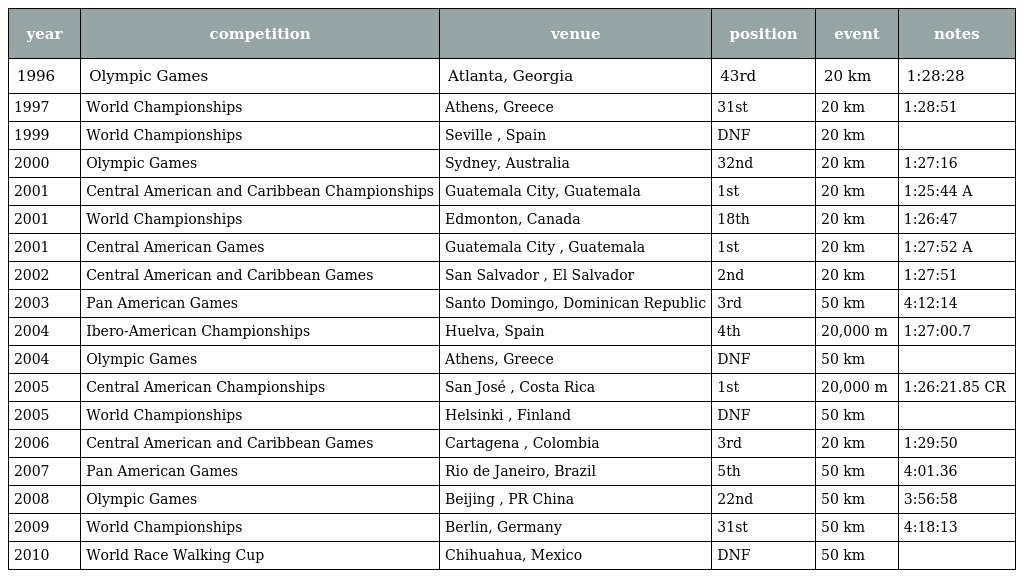
| year | competition | venue | position | event | notes |
 | --- | --- | --- | --- | --- | --- |
 | 1996 | Olympic Games | Atlanta, Georgia | 43rd | 20 km | 1:28:28 |
 | 1997 | World Championships | Athens, Greece | 31st | 20 km | 1:28:51 |
 | 1999 | World Championships | Seville , Spain | DNF | 20 km |  |
 | 2000 | Olympic Games | Sydney, Australia | 32nd | 20 km | 1:27:16 |
 | 2001 | Central American and Caribbean Championships | Guatemala City, Guatemala | 1st | 20 km | 1:25:44 A |
 | 2001 | World Championships | Edmonton, Canada | 18th | 20 km | 1:26:47 |
 | 2001 | Central American Games | Guatemala City , Guatemala | 1st | 20 km | 1:27:52 A |
 | 2002 | Central American and Caribbean Games | San Salvador , El Salvador | 2nd | 20 km | 1:27:51 |
 | 2003 | Pan American Games | Santo Domingo, Dominican Republic | 3rd | 50 km | 4:12:14 |
 | 2004 | Ibero-American Championships | Huelva, Spain | 4th | 20,000 m | 1:27:00.7 |
 | 2004 | Olympic Games | Athens, Greece | DNF | 50 km |  |
 | 2005 | Central American Championships | San José , Costa Rica | 1st | 20,000 m | 1:26:21.85 CR |
 | 2005 | World Championships | Helsinki , Finland | DNF | 50 km |  |
 | 2006 | Central American and Caribbean Games | Cartagena , Colombia | 3rd | 20 km | 1:29:50 |
 | 2007 | Pan American Games | Rio de Janeiro, Brazil | 5th | 50 km | 4:01.36 |
 | 2008 | Olympic Games | Beijing , PR China | 22nd | 50 km | 3:56:58 |
 | 2009 | World Championships | Berlin, Germany | 31st | 50 km | 4:18:13 |
 | 2010 | World Race Walking Cup | Chihuahua, Mexico | DNF | 50 km |  |